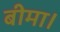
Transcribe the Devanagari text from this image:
बीमा।